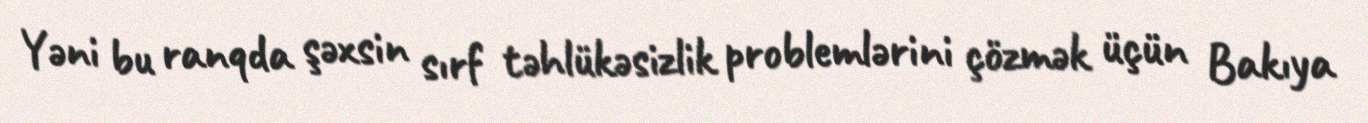
Yəni bu ranqda şəxsin sırf təhlükəsizlik problemlərini çözmək üçün Bakıya